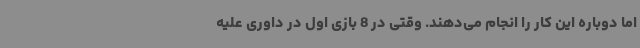
اما دوباره این کار را انجام می‌دهند. وقتی در 8 بازی اول در داوری علیه